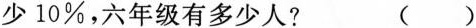
少10\%，六年级有多少人？ ()